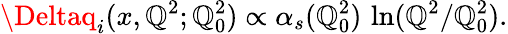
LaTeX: \Deltaq_{i}(x,\mathbb{Q}^{2};\mathbb{Q}_{0}^{2})\propto\alpha_{s}(\mathbb{Q}_{0}^{2})\, \ln(\mathbb{Q}^{2}/\mathbb{Q}_{0}^{2}).